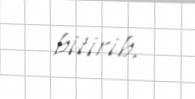
bitirib.